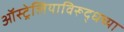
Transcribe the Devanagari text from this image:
ऑस्ट्रेलियाविरूद्धच्या